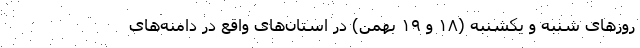
روزهای شنبه و یکشنبه (۱۸ و ۱۹ بهمن) در استان‌های واقع در دامنه‌های